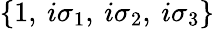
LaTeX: \left\{ 1,\: i\sigma_{1},\: i\sigma_{2},\: i\sigma_{3}\right\}